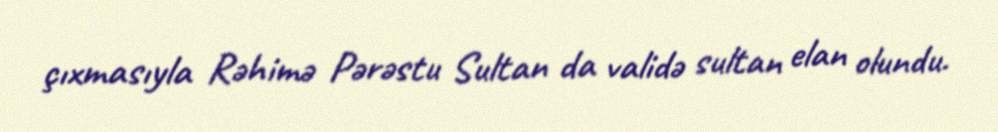
çıxmasıyla Rəhimə Pərəstu Sultan da validə sultan elan olundu.